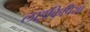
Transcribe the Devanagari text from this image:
लाइकिपिया